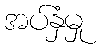
အပ်နှံမှု